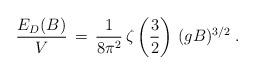
LaTeX: \begin{align*}\frac{E_D (B)}{V} \, = \, \frac{1}{8 \pi^2} \, \zeta\left( \frac{3}{2} \right) \, (gB)^{3/2} \; .\end{align*}